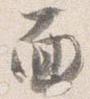
面